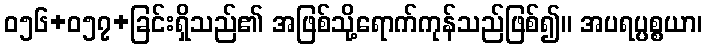
ဝ၅၆+၀၅၇+ခြင်းရှိသည်၏ အဖြစ်သို့ရောက်ကုန်သည်ဖြစ်၍။ အပရပ္ပစ္စယာ၊